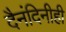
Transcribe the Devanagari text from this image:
दैनंदिनीही